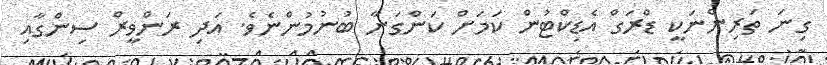
ގިނަ ތަރިންނަކީ ޑްރަގް އެޑިކްޓުން ކަމަށް ކަންގަނާ ބުނުމުންނެވެ. އަދި ރަންވީރް ސިންގާއި